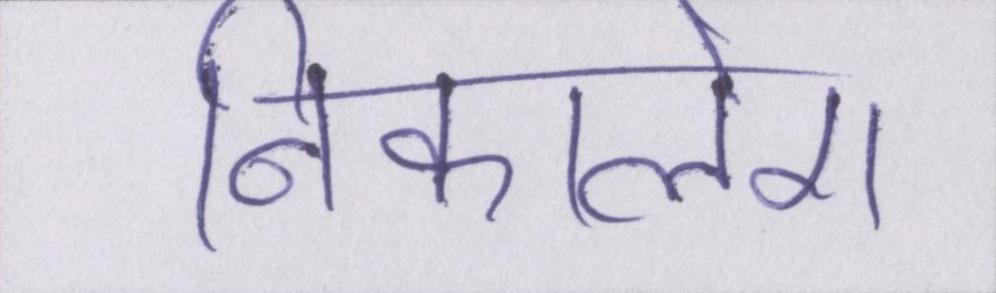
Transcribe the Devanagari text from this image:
निकालेगा